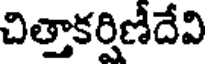
చిత్తాకర్షిణీదేవి